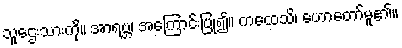
သူဌေးသားကို။ အာရဗ္ဘ၊ အကြောင်းပြု၍။ ကထေသိ၊ ဟောတော်မူ၏။